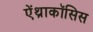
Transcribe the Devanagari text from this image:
ऐंथ्राकॉसिस